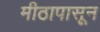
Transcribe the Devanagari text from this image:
मीठापासून